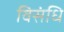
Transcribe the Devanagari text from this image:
विसंधि